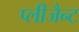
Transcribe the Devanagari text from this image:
प्लीजैन्ट